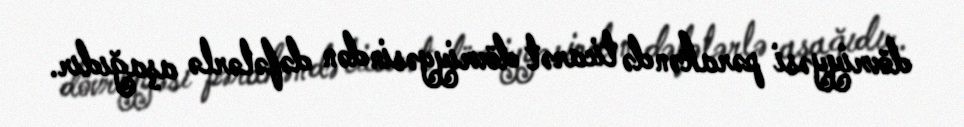
dövriyyəsi pərakəndə ticarət dövriyyəsindən dəfələrlə aşağıdır.